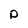
Character: p